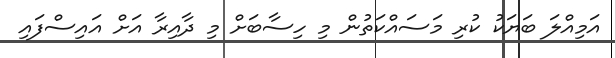
އަމިއްލަ ބަޔަކު ކުރި މަސައްކަތުން މި ހިސާބަށް މި ދާއިރާ އަށް އައިސްފައި